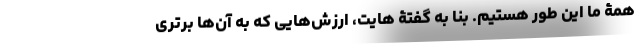
همۀ ما این طور هستیم. بنا به گفتۀ هایت، ارزش‌هایی که به آن‌ها برتری